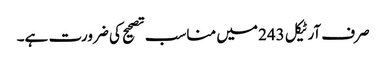
صرف آرٹیکل 243 میں مناسب تصحیح کی ضرورت ہے۔